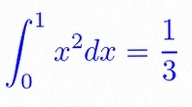
\int_0^1 x^2dx=\frac13